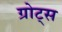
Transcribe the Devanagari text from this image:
ग्रोट्स